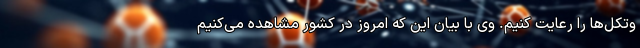
وتکل‌ها را رعایت کنیم. وی با بیان این که امروز در کشور مشاهده می‌کنیم